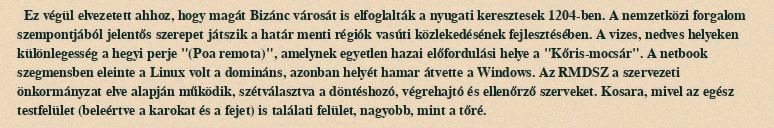
Ez végül elvezetett ahhoz, hogy magát Bizánc városát is elfoglalták a nyugati keresztesek 1204-ben. A nemzetközi forgalom szempontjából jelentős szerepet játszik a határ menti régiók vasúti közlekedésének fejlesztésében. A vizes, nedves helyeken különlegesség a hegyi perje "(Poa remota)", amelynek egyetlen hazai előfordulási helye a "Kőris-mocsár". A netbook szegmensben eleinte a Linux volt a domináns, azonban helyét hamar átvette a Windows. Az RMDSZ a szervezeti önkormányzat elve alapján működik, szétválasztva a döntéshozó, végrehajtó és ellenőrző szerveket. Kosara, mivel az egész testfelület (beleértve a karokat és a fejet) is találati felület, nagyobb, mint a tőré.